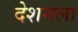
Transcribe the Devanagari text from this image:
देशमला